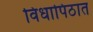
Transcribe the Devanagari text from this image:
विधापिठात